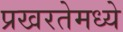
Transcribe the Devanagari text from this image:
प्रखरतेमध्ये